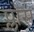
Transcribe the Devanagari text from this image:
प्लोस